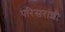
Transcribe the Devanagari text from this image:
परिसरांशी